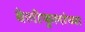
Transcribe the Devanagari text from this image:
वेलीफुलांच्या